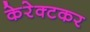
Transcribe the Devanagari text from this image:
केरेक्टकर